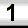
Digit: 1